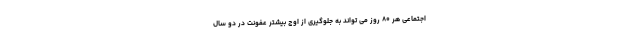
اجتماعی هر ۸۰ روز می تواند به جلوگیری از اوج بیشتر عفونت در دو سال